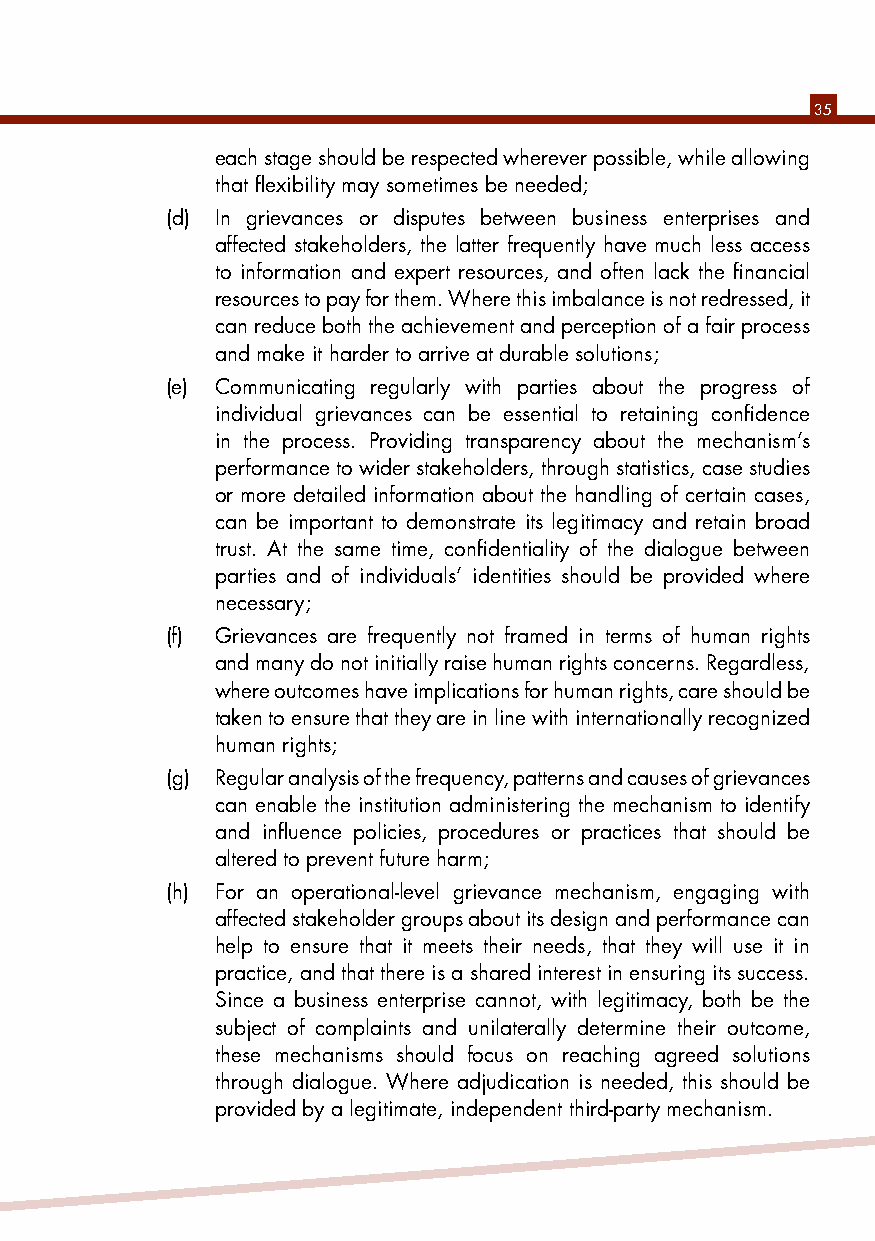
35
 each stage should be respected wherever possible, while allowing
 that flexibility may sometimes be needed;
 (d) In grievances or disputes between business enterprises and
 affected stakeholders, the latter frequently have much less access
 to information and expert resources, and often lack the financial
 resources to pay for them. Where this imbalance is not redressed, it
 can reduce both the achievement and perception of a fair process
 and make it harder to arrive at durable solutions;
 (e) Communicating regularly with parties about the progress of
 individual grievances can be essential to retaining confidence
 in the process. Providing transparency about the mechanism’s
 performance to wider stakeholders, through statistics, case studies
 or more detailed information about the handling of certain cases,
 can be important to demonstrate its legitimacy and retain broad
 trust. At the same time, confidentiality of the dialogue between
 parties and of individuals’ identities should be provided where
 necessary;
 (f) Grievances are frequently not framed in terms of human rights
 and many do not initially raise human rights concerns. Regardless,
 where outcomes have implications for human rights, care should be
 taken to ensure that they are in line with internationally recognized
 human rights;
 (g) Regular analysis of the frequency, patterns and causes of grievances
 can enable the institution administering the mechanism to identify
 and influence policies, procedures or practices that should be
 altered to prevent future harm;
 (h) For an operational-level grievance mechanism, engaging with
 affected stakeholder groups about its design and performance can
 help to ensure that it meets their needs, that they will use it in
 practice, and that there is a shared interest in ensuring its success.
 Since a business enterprise cannot, with legitimacy, both be the
 subject of complaints and unilaterally determine their outcome,
 these mechanisms should focus on reaching agreed solutions
 through dialogue. Where adjudication is needed, this should be
 provided by a legitimate, independent third-party mechanism.